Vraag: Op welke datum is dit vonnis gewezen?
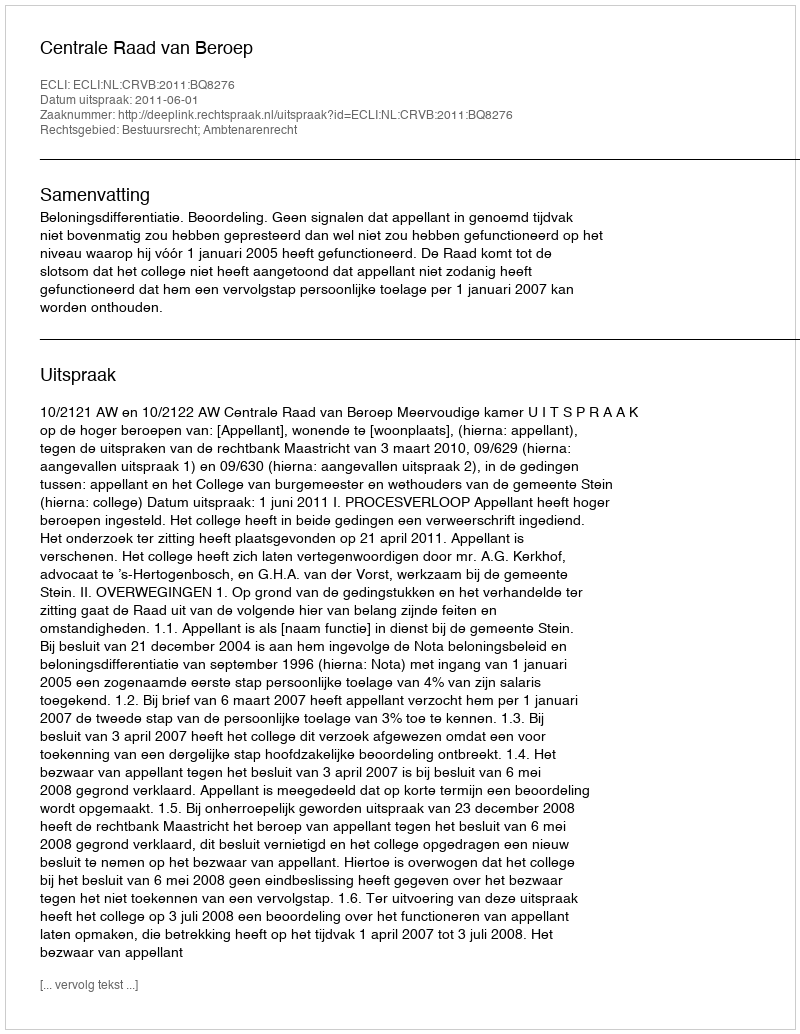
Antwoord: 2011-06-01